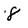
Character: 8